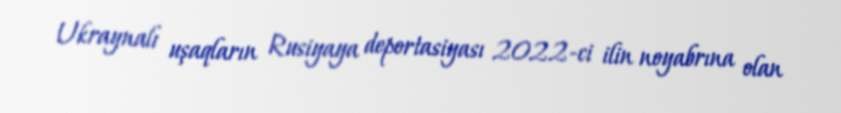
Ukraynalı uşaqların Rusiyaya deportasiyası 2022-ci ilin noyabrına olan